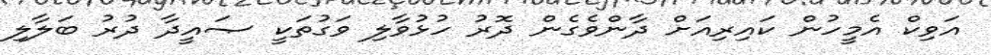
އަވިކް އެމީހުން ކައިރިއަށް ދާންވެގެން ދޮރު ހުޅުވާލި ވަގުތަކީ ޞައީދާ ދުރު ބަލާލި